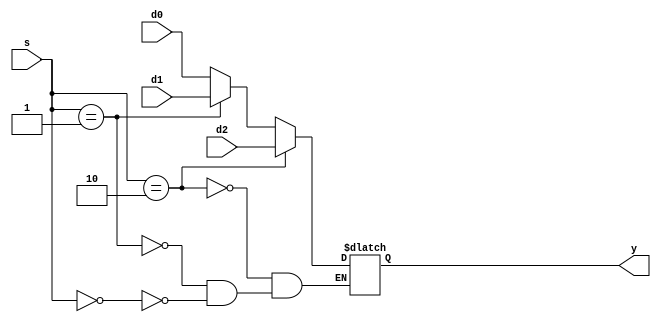
//32
module mux3 #(parameter WIDTH=32) (d0,d1,d2,s,y);
	input [WIDTH-1:0]d0,d1,d2;
	input [1:0]s;
	output reg[WIDTH-1:0]y;
	always@(d0,d1,d2,s,y)
	begin
		if (s==2'b00)
		begin
			y=d0;
		end
		if (s==2'b01)
		begin
			y=d1;
		end
		if (s==2'b10)
		begin
			y=d2;
		end
	end
			
endmodule